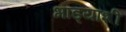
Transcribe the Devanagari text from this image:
भांड्यांशी